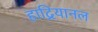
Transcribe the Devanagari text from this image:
हाद्रियानल